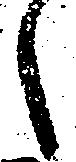
候